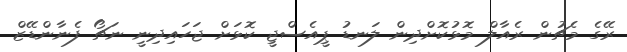
ރޭގެ މެޗުން ރެއާލް މޮޅުކޮށްދިން ލަނޑު ޕީއެސްޖީ ކޮޅަށް ޖަހައިދިނީ ނަޗޯ ފެނާންޑޭޒް